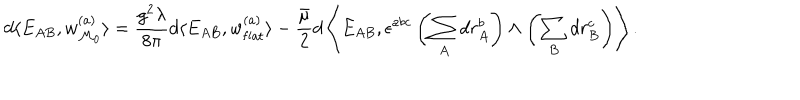
LaTeX: d \langle E _ { A B } , w _ { { \cal M } _ { 0 } } ^ { ( a ) } \rangle = \frac { g ^ { 2 } \lambda } { 8 \pi } d \langle E _ { A B } , w _ { \mathrm { f l a t } } ^ { ( a ) } \rangle - \frac { \bar { \mu } } { 2 } d \left\langle E _ { A B } , \epsilon ^ { a b c } \left( \sum _ { A } d r _ { A } ^ { b } \right) \wedge \left( \sum _ { B } d r _ { B } ^ { c } \right) \right\rangle .